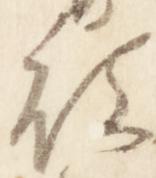
被